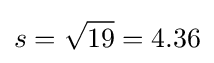
s={\sqrt {19}}=4.36